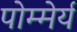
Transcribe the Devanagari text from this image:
पोम्मेर्य